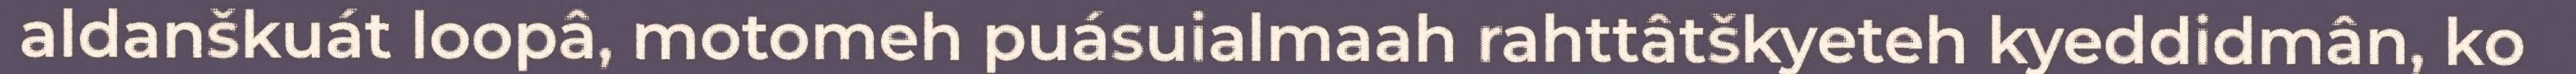
aldanškuát loopâ, motomeh puásuialmaah rahttâtškyeteh kyeddidmân, ko